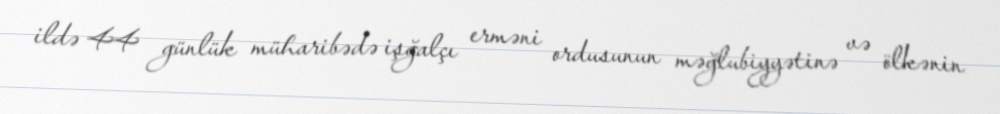
ildə 44 günlük müharibədə işğalçı erməni ordusunun məğlubiyyətinə və ölkənin